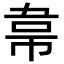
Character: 𮧮